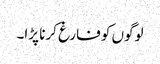
لوگوں کو فارغ کرنا پڑا۔